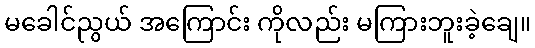
မခေါင်ညွယ် အကြောင်း ကိုလည်း မကြားဘူးခဲ့ချေ။